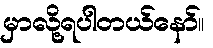
မှာလို့ရပါတယ်နော်။